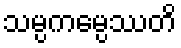
သမ္ပကမ္ပေဿတိ